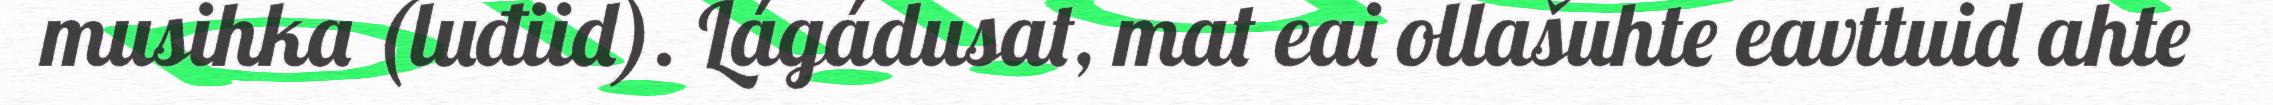
musihka (luđiid). Lágádusat, mat eai ollašuhte eavttuid ahte